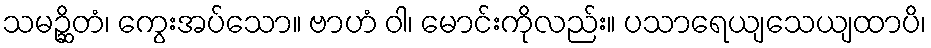
သမဉ္ဆိတံ၊ ကွေးအပ်သော။ ဗာဟံ ဝါ၊ မောင်းကိုလည်း။ ပသာရေယျသေယျထာပိ၊